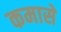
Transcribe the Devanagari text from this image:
कमासे